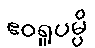
ဧဝရူပမ္ပိ